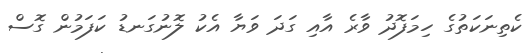
ކެތިނަކަތުގެ ހިމަފޮދު ވާރެ އާއި ގަދަ ވަޔާ އެކު ލޮނުގަނޑު ކަފަމުން ގޮސް